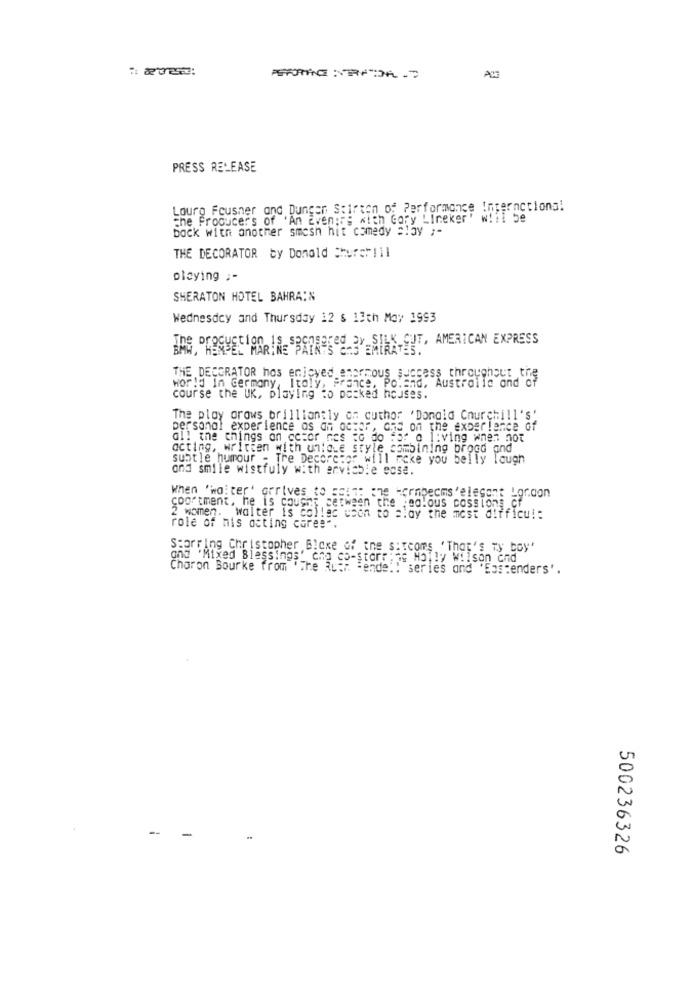
PRESS RELEASE
Lourg Fcusher and Dungen Stirton of Performance Interactions!
the Producers of 'An Even:59
nie with Gory Lineker
back with another smash hit comedy slay ;-
THE DECORATOR by Donald Churer!il
playing ;-
SHERATON HOTEL BAHRAIN
Wednesday and Thursday 12 $ 13th May 1993
SEred BY SILK CUT, AMERICAN EXPRESS
BAS, "HENSEL MARINE PAINTS C:3'EMIRATES.
THE DECORATOR hos enjoyed emprmous success throughout the
Poland, Australia and of
world In Germany, Italy, Fre
course the UK, playing to pocked houses.
The play grows brilliantly on cuthor 'Donald Churchill's'
personal experience as an actor, and on the experience of
all the things on cczor nes to do for o 1:ving when not
acting, written with unieLe style combining brood and
subtle humour - Tre Decoretor will rcke you belly lough
and smile wistfuly with anvichie ecse.
coortment, he is coughs cetween the jealous cossions cf
When 'waiter' arrives to sain: one Hornbecms'elegant Laraon
2 women. walter is collec uson to play the most difficul:
role of his acting cores *.
ng Christopher Blake of the sitcoms, 'That's Ty boy'
and 'Mixed Blessings' cha co-starting Holly Wilson and
Charon Bourke from "The auch "ende .! series and "Ebstenders'.
U
0
500236326